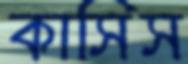
কাসিস